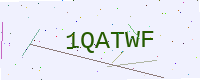
Text: 1QATWF